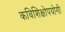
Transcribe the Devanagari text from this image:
कविशिक्षोपयोगी